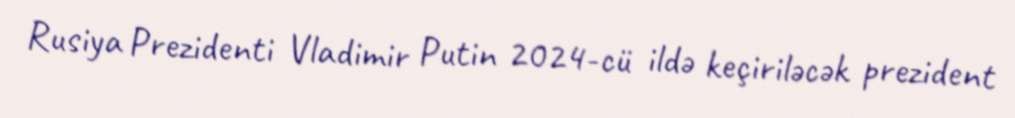
Rusiya Prezidenti Vladimir Putin 2024-cü ildə keçiriləcək prezident